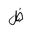
Letter: _dad